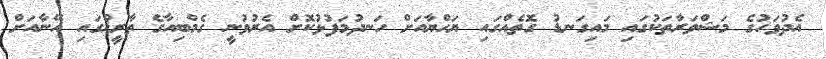
އެދުވަހުގެ މަޝްވަރާތަކުގައި މައިގަނޑު ގޮތެއްގައި ޔަހްޔާއަށް ހަނދުމަފުޅުކޮށް އެރުވުނީ ގެމްބިއާގެ ތާރީޚްގައި އޭނާއަށް